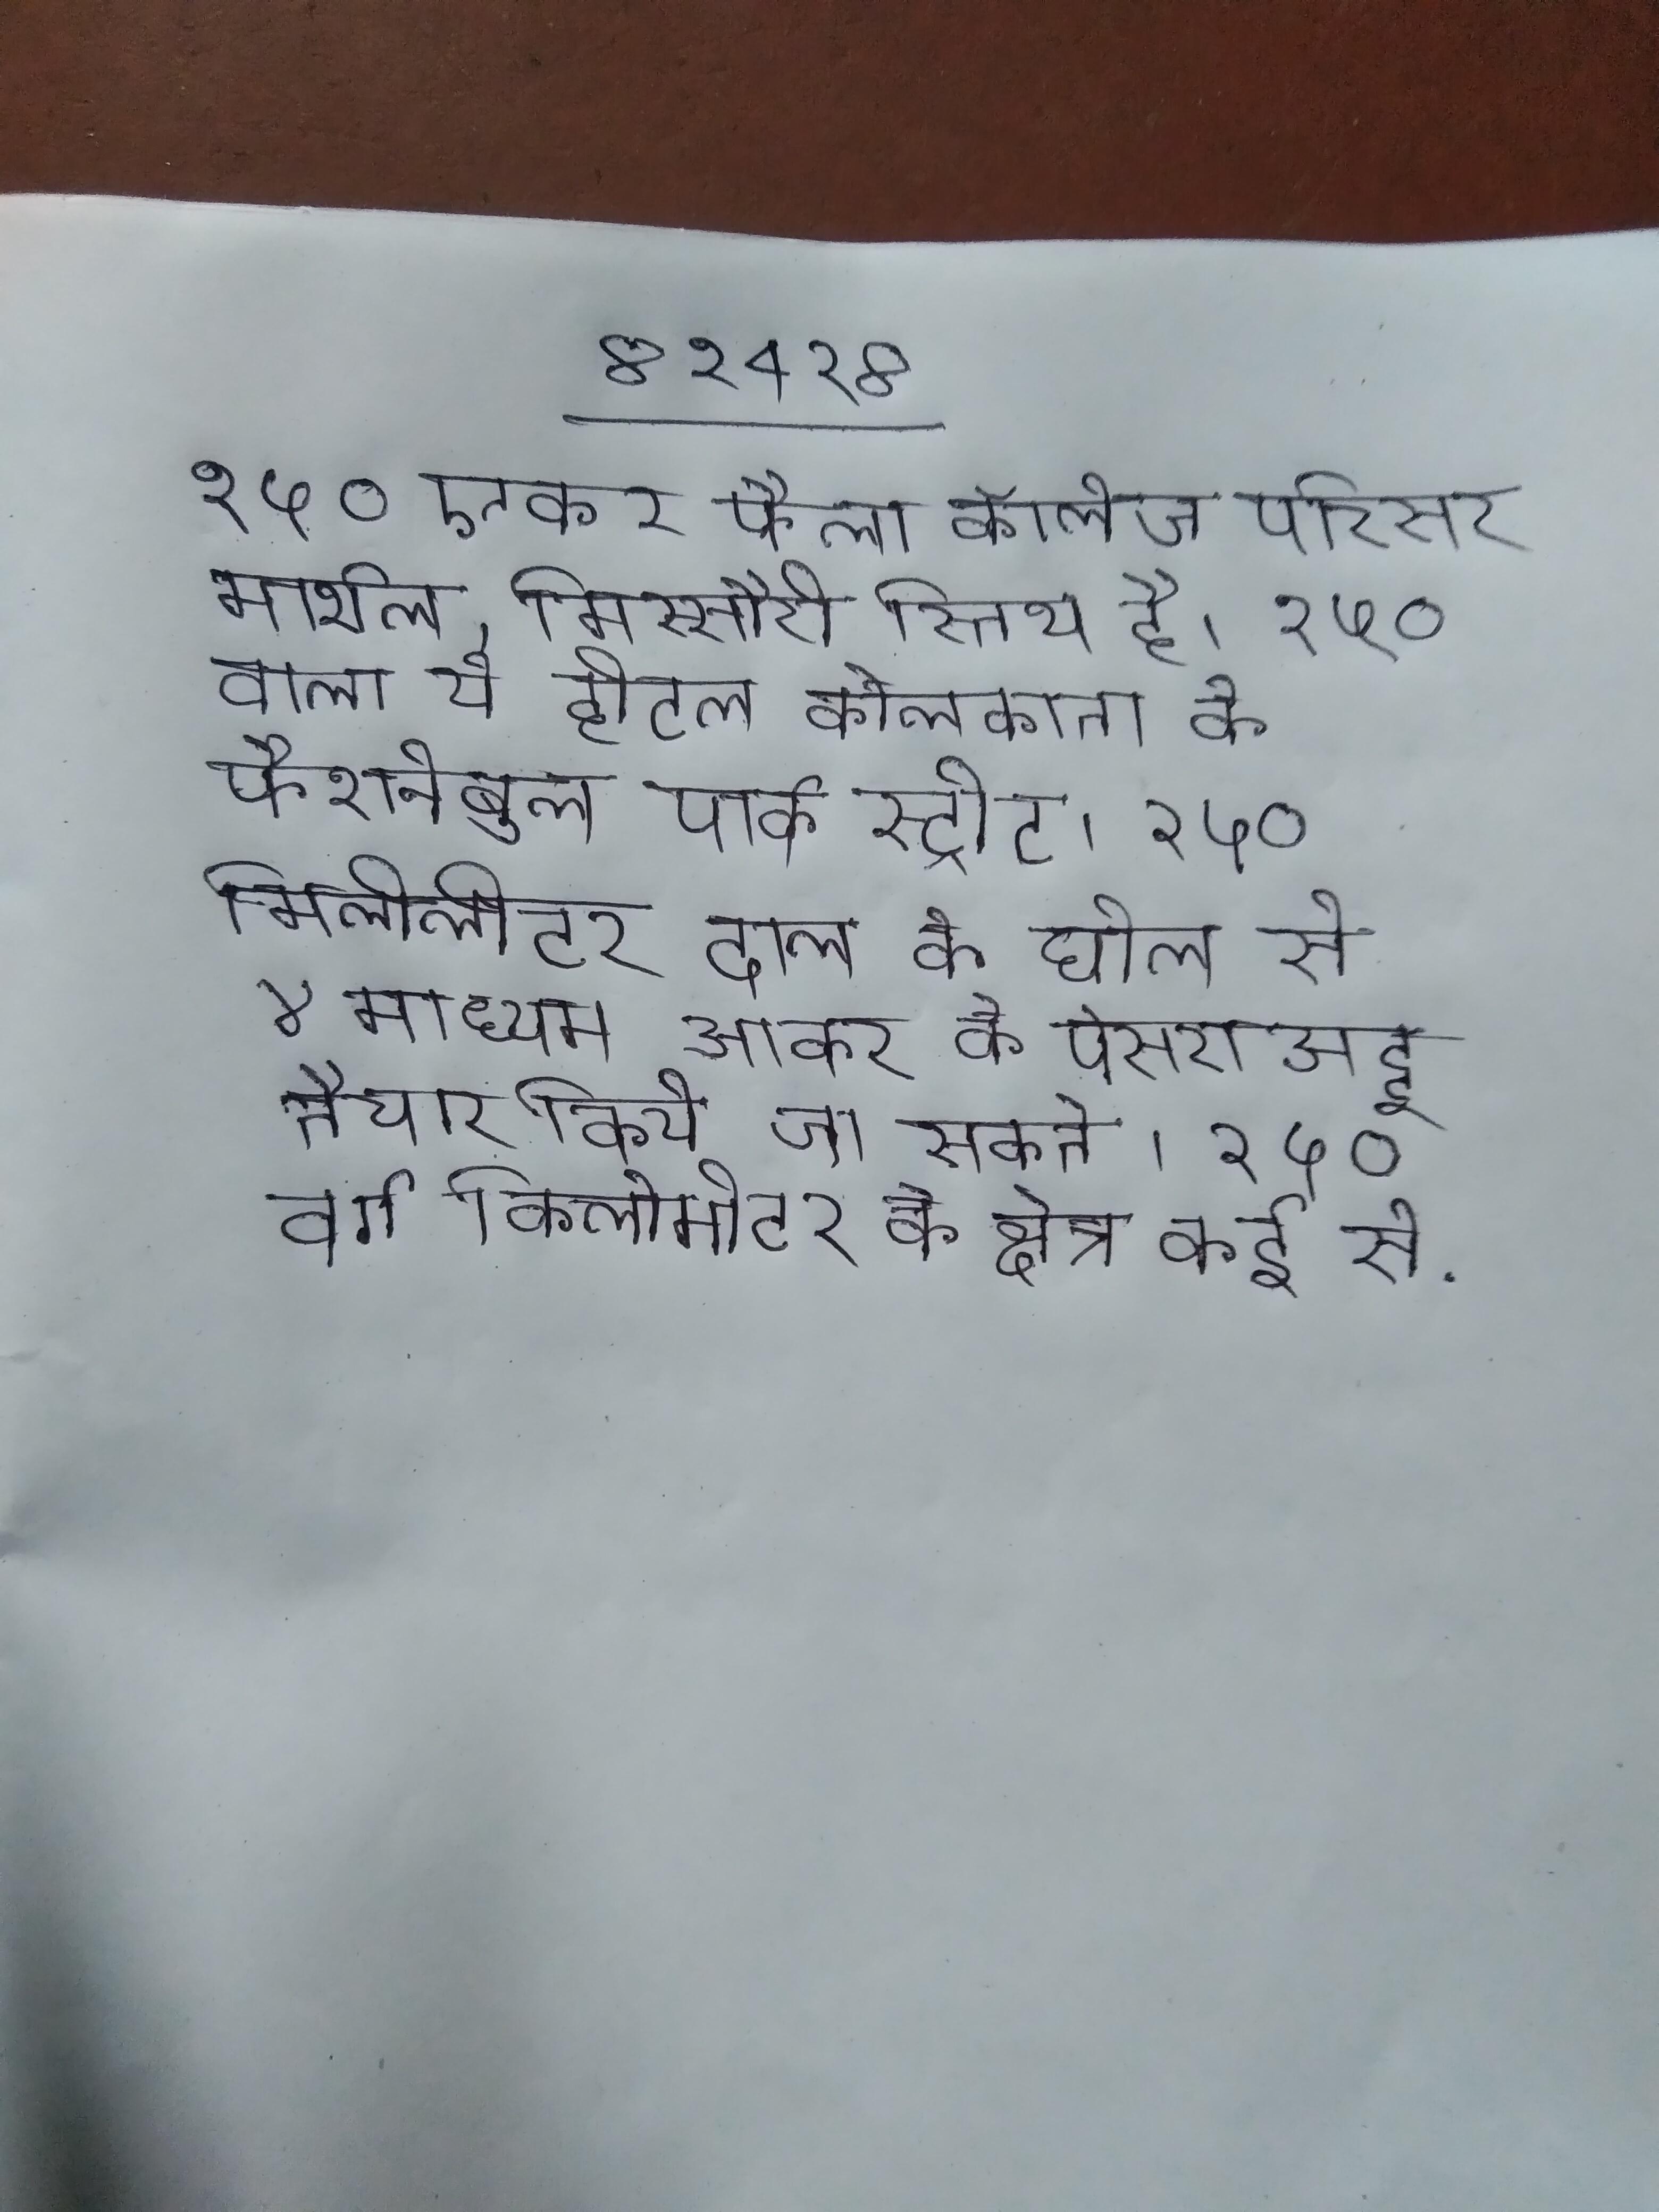
१५० एकर फैला कॉलेज परिसर मार्शल, मिस्सौरी स्तिथ है । १५० वाला ये होटल कोलकाता के फैशनेबुल पार्क स्ट्रीट । १५० मिलीलीटर दाल के घोल से ४ माध्यम आकर के पेसराअट्टू तैयार किये जा सकते । १५० वर्ग किलोमीटर के क्षेत्र कई से .